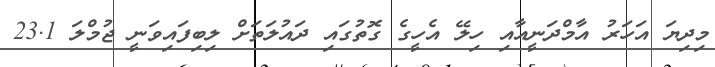
މިދިޔަ އަހަރު އާމްދަނީއާއި ހިލޭ އެހީގެ ގޮތުގައި ދައުލަތަށް ލިބިފައިވަނީ ޖުމްލަ 23.1